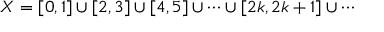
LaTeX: X = [ 0 , 1 ] \cup [ 2 , 3 ] \cup [ 4 , 5 ] \cup \dots \cup [ 2 k , 2 k + 1 ] \cup \dotsb